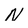
Character: N